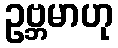
ဥဗ္ဘမာဟု